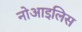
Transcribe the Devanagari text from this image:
नोआइलिस